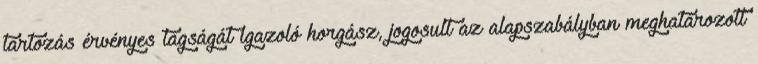
tartozás érvényes tagságát igazoló horgász, jogosult az alapszabályban meghatározott